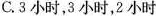
C.3小时，3小时，2小时